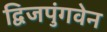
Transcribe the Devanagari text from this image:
द्विजपुंगवेन